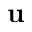
\mathbf { u }